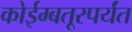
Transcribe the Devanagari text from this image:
कोईम्बतूरपर्यंत